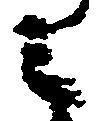
之